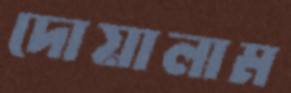
দোয়ালাম